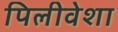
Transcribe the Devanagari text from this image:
पिलीवेशा